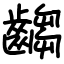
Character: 齺